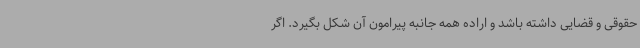
حقوقی و قضایی داشته باشد و اراده همه جانبه پیرامون آن شکل بگیرد. اگر